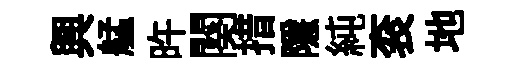
興艋旿闋措隱純衮地